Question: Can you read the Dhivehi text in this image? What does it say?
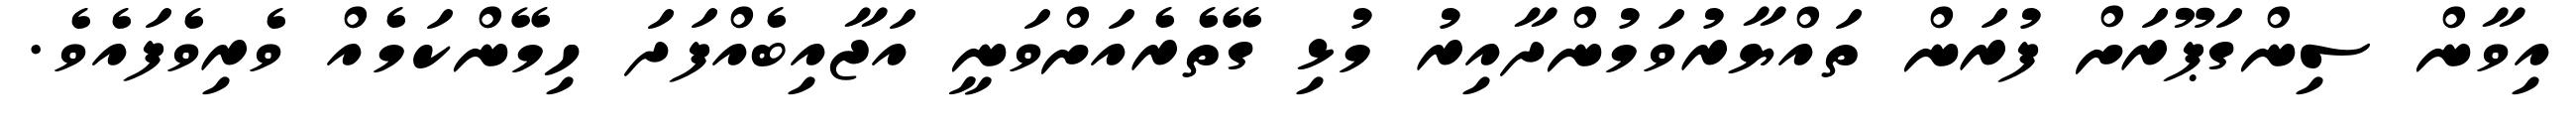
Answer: އިވާން ސިންގަޕޫރަށް ފުރަން ތައްޔާރުވަމުންދާއިރު މުޅި ގޭތެރެއަށްވަނީ އަޖާއިބެއްފަދަ ހިމޭންކަމެއް ވެރިވެފައެވެ.